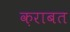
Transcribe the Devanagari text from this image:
क़राबत